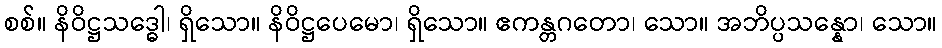
စစ်။ နိဝိဋ္ဌသဒ္ဓေါ၊ ရှိသော။ နိဝိဋ္ဌပေမော၊ ရှိသော။ ဧကန္တဂတော၊ သော။ အဘိပ္ပသန္နော၊ သော။